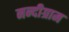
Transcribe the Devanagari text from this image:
नन्दीग्राम